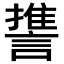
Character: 𮘱